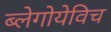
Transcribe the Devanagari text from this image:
ब्लेगोयेविच